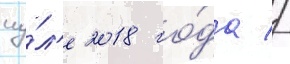
иу́л'е 2018 го́да //